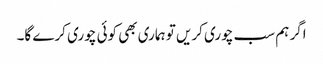
اگر ہم سب چوری کریں تو ہماری بھی کوئی چوری کرے گا۔